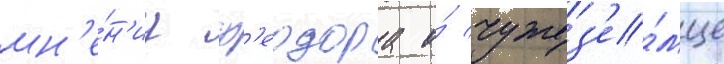
мн'е́н'иу ф'еодора о́ чужез'е́мце